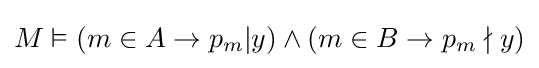
M\vDash (m\in A\to p_{m}|y)\land (m\in B\to p_{m}\nmid y)